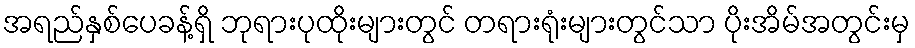
အရည်နှစ်ပေခန့်ရှိ ဘုရားပုထိုးများတွင် တရားရုံးများတွင်သာ ပိုးအိမ်အတွင်းမှ